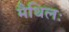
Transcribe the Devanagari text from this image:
मैथिलः